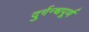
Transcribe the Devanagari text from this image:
दुर्गन्धपूर्ण